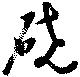
磽